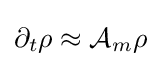
\partial _{t}\rho \approx {\mathcal {A}}_{m}\rho